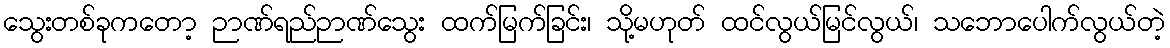
သွေးတစ်ခုကတော့ ဉာဏ်ရည်ဉာဏ်သွေး ထက်မြက်ခြင်း၊ သို့မဟုတ် ထင်လွယ်မြင်လွယ်၊ သဘောပေါက်လွယ်တဲ့